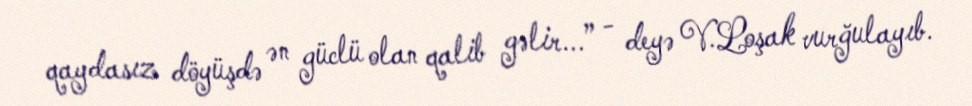
qaydasız döyüşdə ən güclü olan qalib gəlir...” - deyə V.Loşak vurğulayıb.